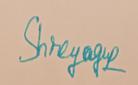
Signature authenticity: genuine